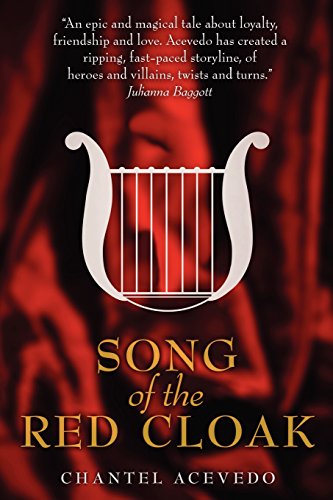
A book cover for Song of the Red Cloak; Chantel Acevedo; Teen & Young Adult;